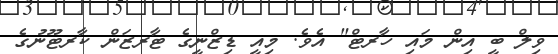
ވިލް ބީ އިން މައި ހާރޓް" އެވެ. މިއީ ޑިޒްނީގެ ޓާރޒަން ކާރޓޫނުގެ